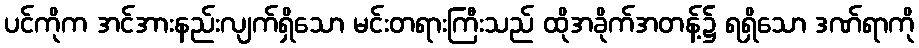
ပင်ကိုက အင်အားနည်းလျက်ရှိသော မင်းတရားကြီးသည် ထိုအခိုက်အတန့်၌ ရရှိသော ဒဏ်ရာကို